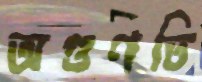
অগুণতি